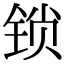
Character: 锁